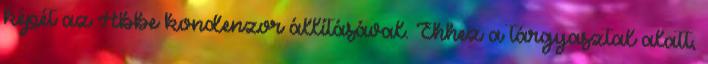
képét az Abbe kondenzor állításával. Ehhez a tárgyasztal alatt,